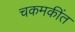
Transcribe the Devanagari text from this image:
चकमकींत